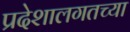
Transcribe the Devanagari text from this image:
प्रदेशालगतच्या